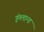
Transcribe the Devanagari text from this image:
इंग्लान्ड